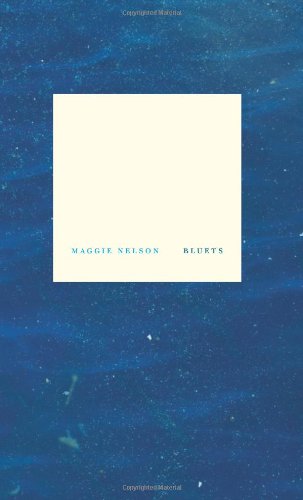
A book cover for Bluets; Maggie Nelson; Literature & Fiction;